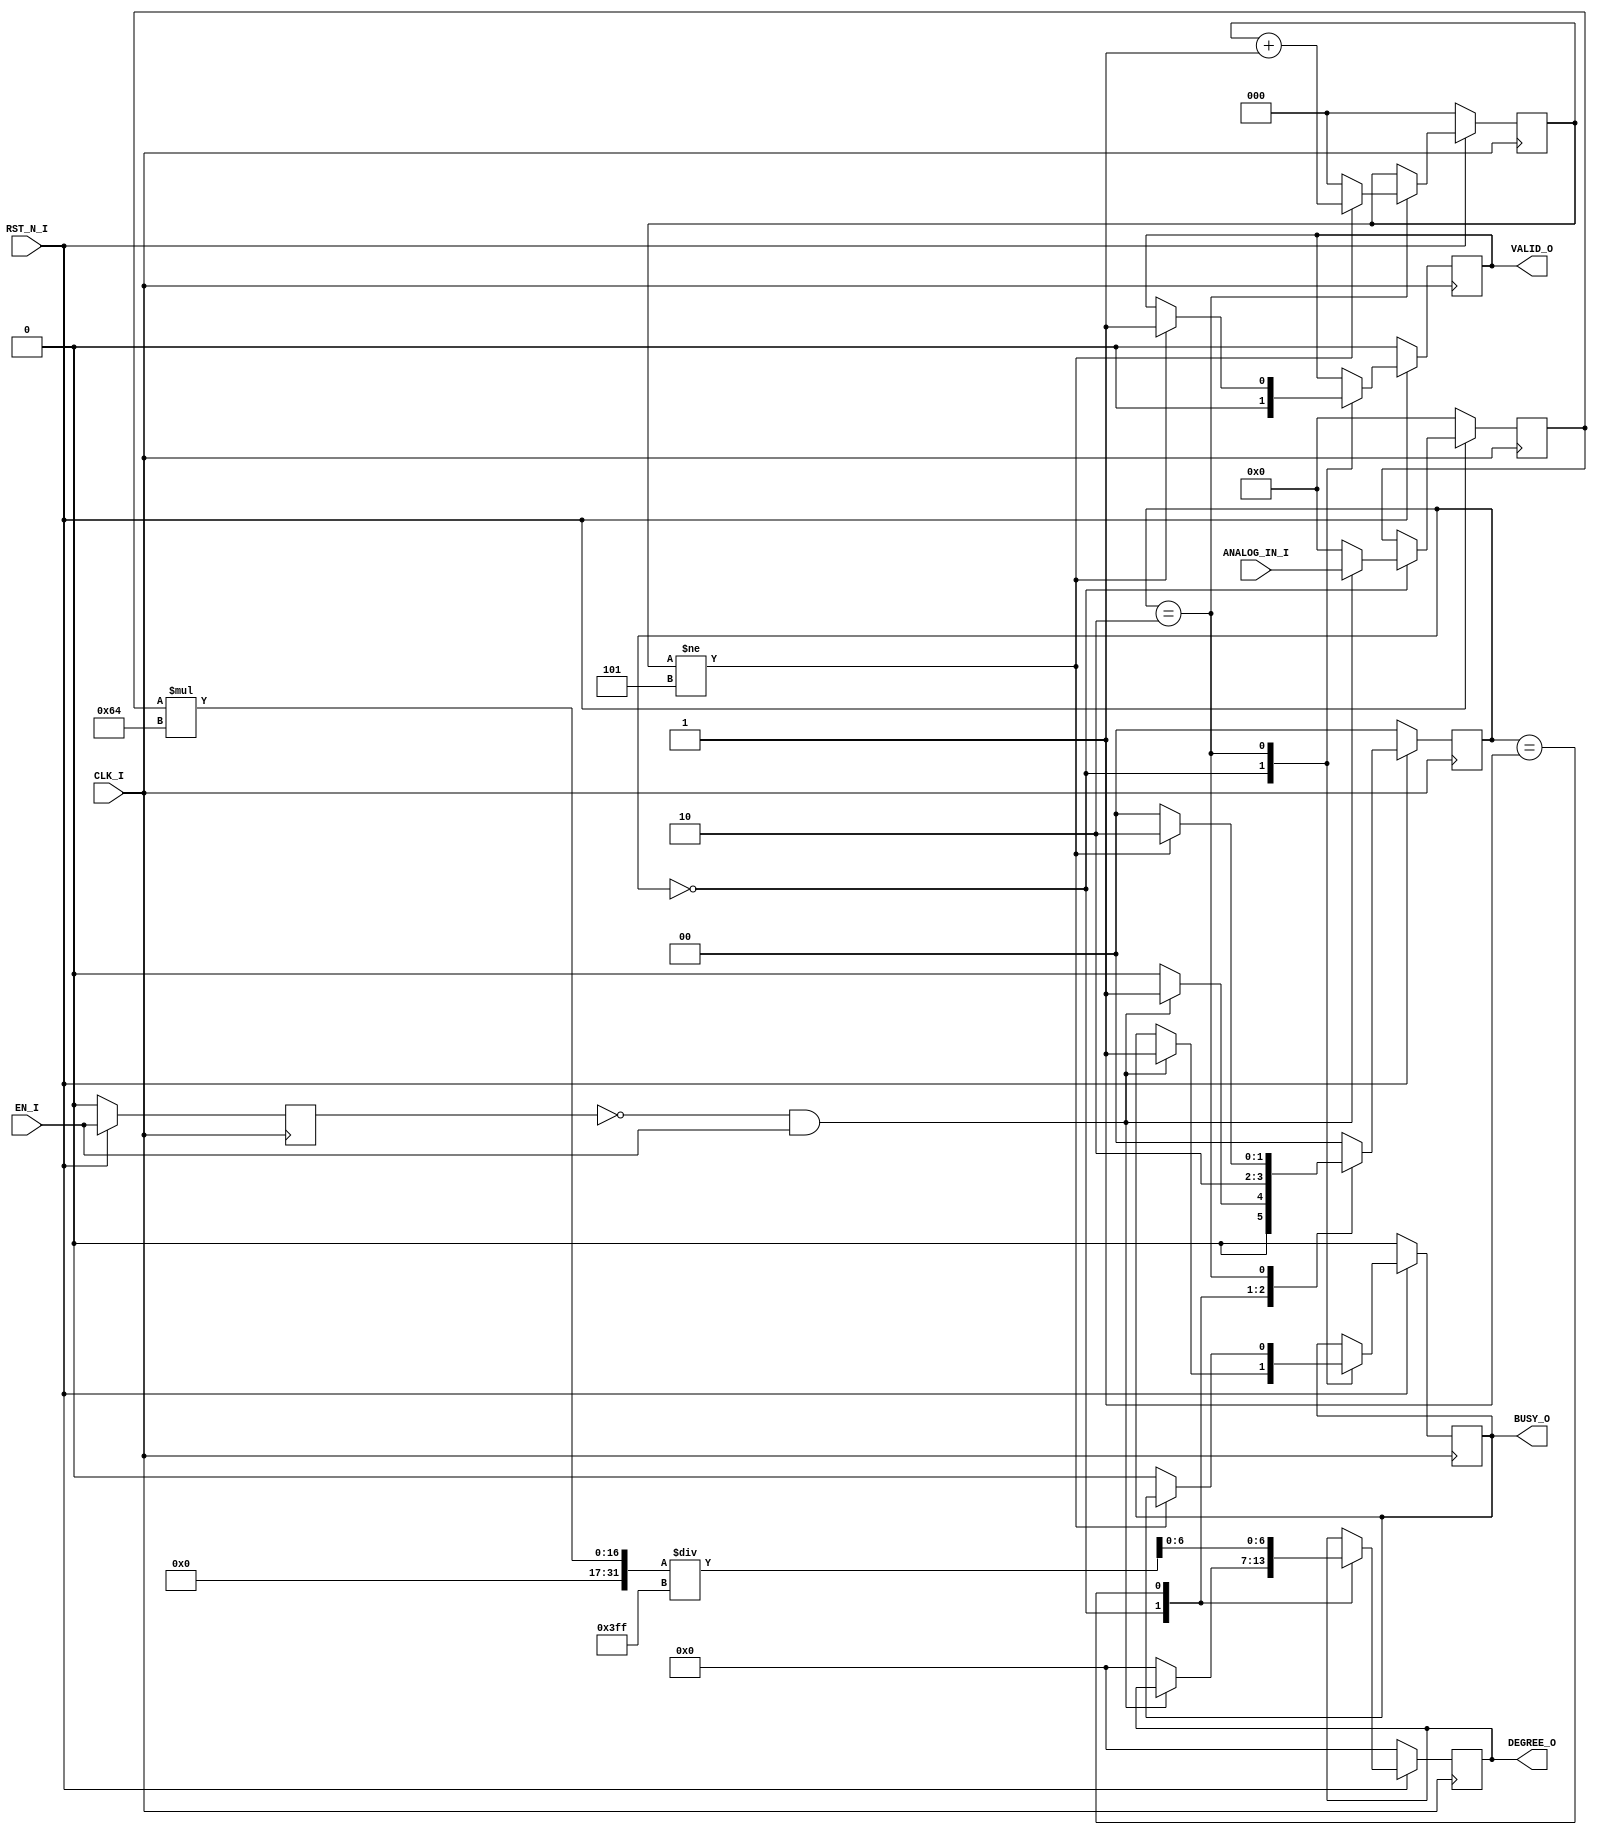
`timescale 1ns / 1ps
//////////////////////////////////////////////////////////////////////////////////
// Company: 
// Engineer: 
// 
// Design Name: 
// Module Name: digital_thermometer
// Project Name: 
// Target Devices: 
// Tool Versions: 
// Description: 
// 
// Dependencies: 
// 
// Revision:
// Revision 0.01 - File Created
// Additional Comments:
// 
//////////////////////////////////////////////////////////////////////////////////


module digital_thermometer(  input          CLK_I                                   ,
                             input          RST_N_I                                 ,
                             input          EN_I                                    ,
                             input  [9:0]   ANALOG_IN_I                             ,
                             output [6:0]   DEGREE_O                                ,
                             output         BUSY_O                                  ,
                             output         VALID_O                                );

// ______________________________ REGISTER DECLARATION _________________________________________//
reg  [1:0]                   thermo_state_machine                                   ;
reg  [9:0]                   analog_in_r                                            ;
reg  [6:0]                   degree_celc_r                                          ;
reg                          pre_en_r                                               ;
reg                          valid_r                                                ;
reg  [6:0]                   max_temp_r                                             ;
reg  [9:0]                   convert_val_r                                          ;
reg  [2:0]                   level_range_r                                          ;
reg  [2:0]                   counter_r                                              ;
reg                          busy_r                                                 ;
//_______________________________ CONSTANT DECLARATION _________________________________________//
localparam                   IDLE_S                   = 2'b00                       ,
                             CALC_TEMP_S              = 2'b01                       ,
                             SHOW_TEMP_S              = 2'b10                       ;

localparam                   MAX_TEMP_CELC_C          = 7'd100                      ,
                             MIN_TEMP_CELC_C          = 7'd0                        ,
                             CONVERT_VAL_C            = 10'd1023                    ,
                             LEVEL_RANGE_C            = 3'd7                        ;
//_______________________________ WIRE DECLARATION _____________________________________________//

wire                         en_w                                                   ;

//_______________________________ ASYNC ASSIGNMENTS ____________________________________________//

assign                       DEGREE_O                 = degree_celc_r               ;
assign                       en_w                     = EN_I                        ;
assign                       VALID_O                  = valid_r                     ;
assign                       BUSY_O                   = busy_r                      ;
//_______________________________ MAIN LOGIC ___________________________________________________//

always @(posedge CLK_I) begin
  if(!RST_N_I) begin
    analog_in_r                                       <= 0                          ;
    max_temp_r                                        <= 7'd100                     ;
    convert_val_r                                     <= 10'd1023                   ;
    level_range_r                                     <= 3'd7                       ;
    degree_celc_r                                     <= 0                          ;
    pre_en_r                                          <= 0                          ;
    valid_r                                           <= 0                          ;
    counter_r                                         <= 0                          ;
    busy_r                                            <= 0                          ;
    thermo_state_machine                              <= IDLE_S                     ;
  end
  else begin
    pre_en_r                                          <= EN_I                       ;
    case(thermo_state_machine)

    IDLE_S : begin
      if(!pre_en_r & en_w) begin // posedge of EN_I
        analog_in_r                                   <= ANALOG_IN_I                ;
        thermo_state_machine                          <= CALC_TEMP_S                ;
        busy_r                                        <= 1                          ;
      end
      else begin
        analog_in_r                                   <= 0                          ;
        degree_celc_r                                 <= 0                          ;
        thermo_state_machine                          <= IDLE_S                     ;
      end
      valid_r                                         <= 0                          ;
    end
    CALC_TEMP_S : begin
      degree_celc_r                                   <= (analog_in_r *100 )/1023   ; // (analog_in * MAX_TEMP / 1023)
      thermo_state_machine                            <= SHOW_TEMP_S                ;
    end
    SHOW_TEMP_S : begin
      if(counter_r != 3'b101) begin
        counter_r                                     <= counter_r + 1              ;
        degree_celc_r                                 <= degree_celc_r              ;
        valid_r                                       <= 1                          ;
        thermo_state_machine                          <= SHOW_TEMP_S                ;
      end
      else begin
        counter_r                                     <= 0                          ;
        busy_r                                        <= 0                          ;
        thermo_state_machine                          <= IDLE_S                     ;
      end
    end
    default: thermo_state_machine                     <= IDLE_S                     ;
    endcase
  end
end
endmodule